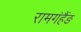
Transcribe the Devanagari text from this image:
रामगंहैंङ